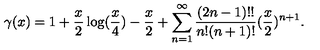
\gamma ( x ) = 1 + \frac { x } { 2 } \log ( \frac { x } { 4 } ) - \frac { x } { 2 } + \sum _ { n = 1 } ^ { \infty } \frac { ( 2 n - 1 ) ! ! } { n ! ( n + 1 ) ! } ( \frac { x } { 2 } ) ^ { n + 1 } .